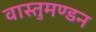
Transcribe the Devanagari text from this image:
वास्तुमण्डन